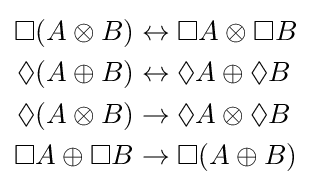
{\begin{aligned}\Box (A\otimes B)&\leftrightarrow \Box A\otimes \Box B\\\Diamond (A\oplus B)&\leftrightarrow \Diamond A\oplus \Diamond B\\\Diamond (A\otimes B)&\rightarrow \Diamond A\otimes \Diamond B\\\Box A\oplus \Box B&\rightarrow \Box (A\oplus B)\end{aligned}}